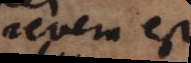
revera est